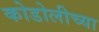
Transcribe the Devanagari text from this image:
कोडोलीच्या